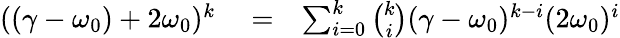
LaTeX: \begin{array}{rlr}{((\gamma-\omega_{0})+2\omega_{0})^{k}}&{{}=}&{\sum_{i=0}^{k}\binom{k}{i}(\gamma-\omega_{0})^{k-i}(2\omega_{0})^{i}}\end{array}